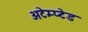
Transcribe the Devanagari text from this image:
अटेम्प्टेड